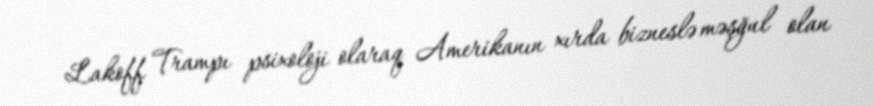
Lakoff Trampı psixoloji olaraq Amerikanın xırda bizneslə məşğul olan